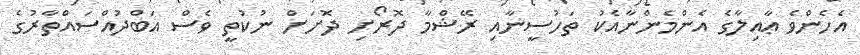
އެހެންވެ ޢާއިލާގެ އެންމެންނާއެކު ތަހުސީނާއި ރޭޝްމާ ދޮރޯށި ދޮށަށް ނުކުތީ ވެސް އަބްދުއްސައްތާރުގެ